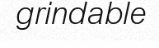
grindable